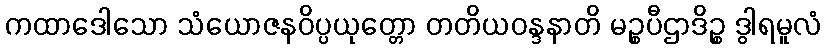
ကထာဒေါသော သံယောဇနဝိပ္ပယုတ္တော တတိယဝန္ဒနာတိ မဉ္စပီဌာဒိဉ္စ ဒွါရမူလံ